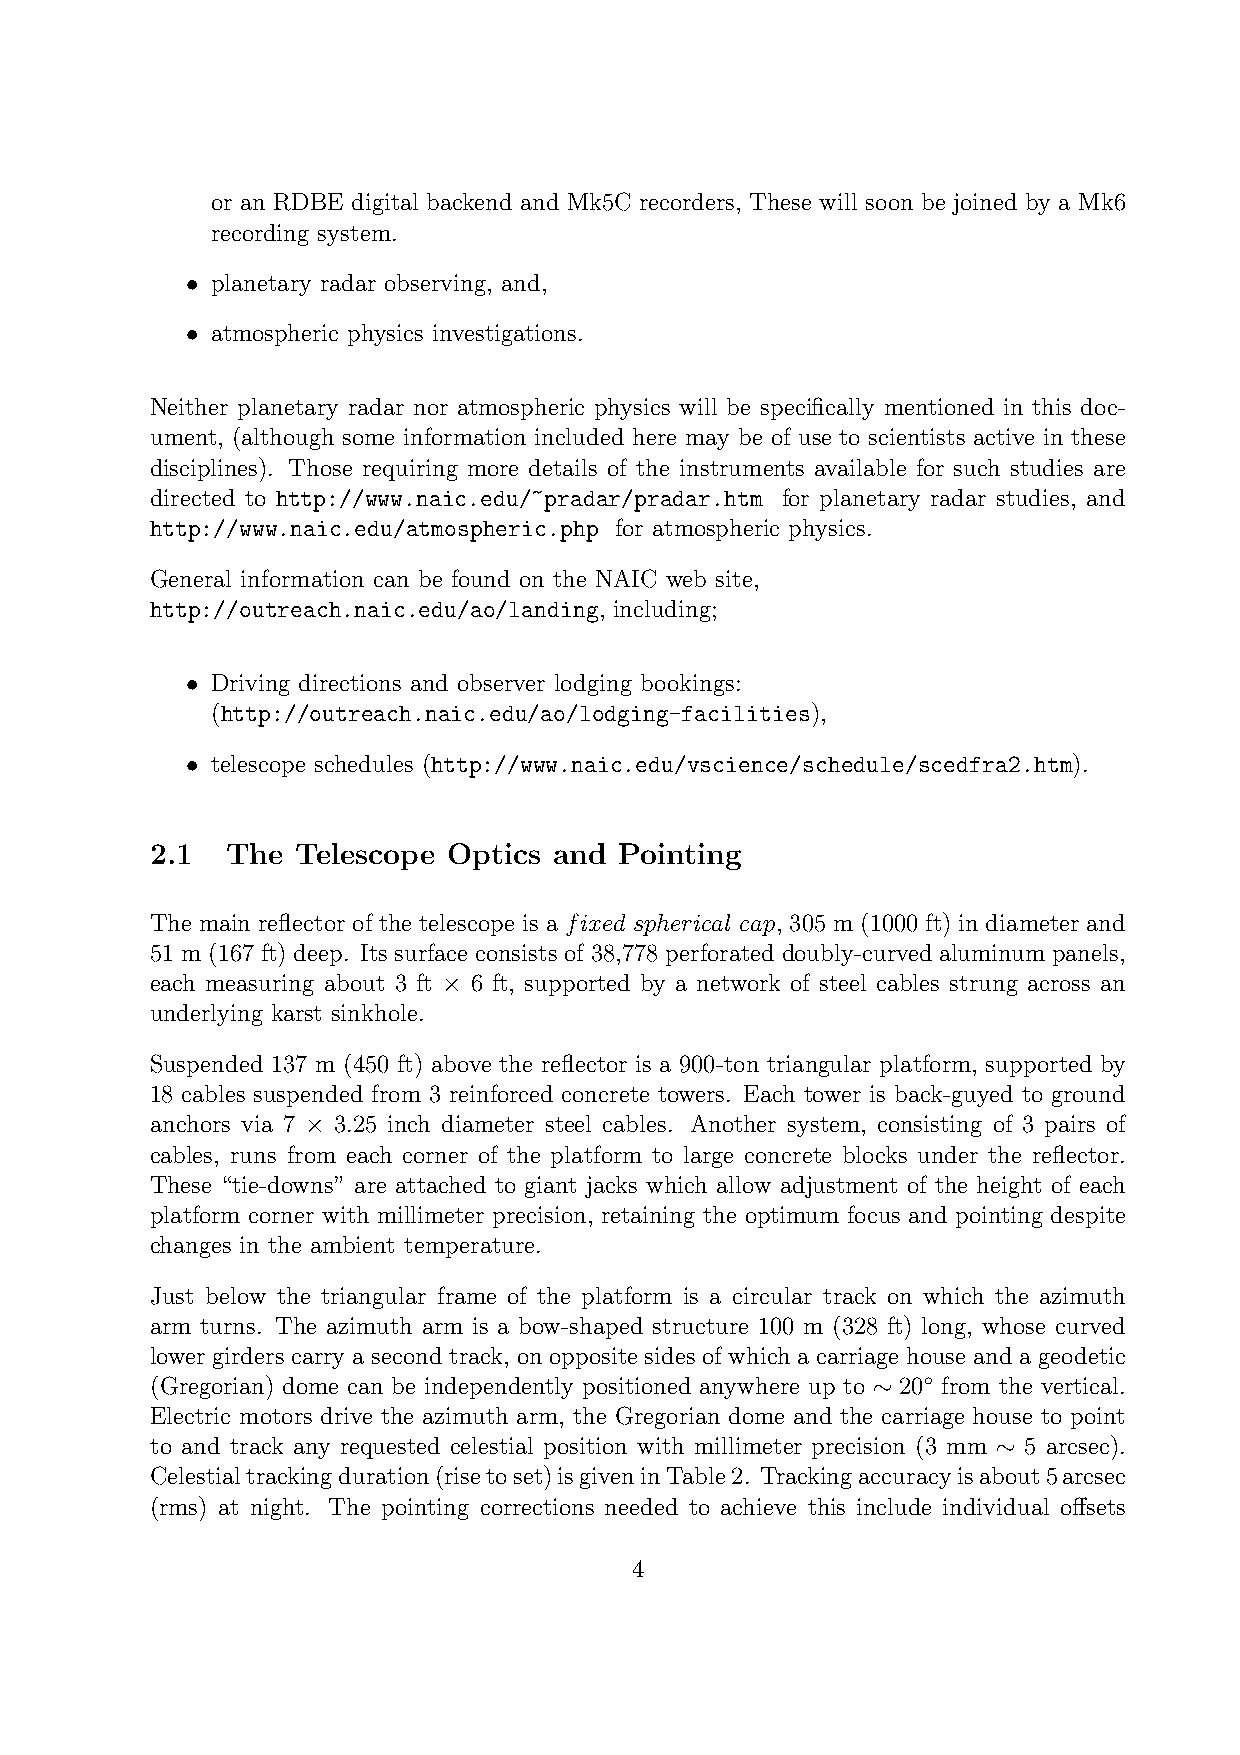
or an RDBE digital backend and Mk5C recorders, These will soon be joined by a Mk6
 recording system.
 planetary radar observing, and,
 •
 atmospheric physics investigations.
 •
 Neither planetary radar nor atmospheric physics will be specifically mentioned in this doc-
 ument, (although some information included here may be of use to scientists active in these
 disciplines). Those requiring more details of the instruments available for such studies are
 directed to http://www.naic.edu/~pradar/pradar.htm for planetary radar studies, and
 http://www.naic.edu/atmospheric.php for atmospheric physics.
 General information can be found on the NAIC web site,
 http://outreach.naic.edu/ao/landing, including;
 Driving directions and observer lodging bookings:
 •
 (http://outreach.naic.edu/ao/lodging-facilities),
 telescope schedules (http://www.naic.edu/vscience/schedule/scedfra2.htm).
 •
 2.1  The  Telescope Optics and Pointing
 The main reflector of the telescope is a fixed spherical cap, 305 m (1000 ft) in diameter and
 51 m (167 ft) deep. Its surface consists of 38,778 perforated doubly-curved aluminum panels,
 each measuring about 3 ft 6 ft, supported by a network of steel cables strung across an
 ×
 underlying karst sinkhole.
 Suspended 137 m (450 ft) above the reflector is a 900-ton triangular platform, supported by
 18 cables suspended from 3 reinforced concrete towers. Each tower is back-guyed to ground
 anchors via 7 3.25 inch diameter steel cables. Another system, consisting of 3 pairs of
 ×
 cables, runs from each corner of the platform to large concrete blocks under the reflector.
 These “tie-downs” are attached to giant jacks which allow adjustment of the height of each
 platform corner with millimeter precision, retaining the optimum focus and pointing despite
 changes in the ambient temperature.
 Just below the triangular frame of the platform is a circular track on which the azimuth
 arm turns. The azimuth arm is a bow-shaped structure 100 m (328 ft) long, whose curved
 lower girders carry a second track, on opposite sides of which a carriage house and a geodetic
 ◦
 (Gregorian) dome can be independently positioned anywhere up to 20 from the vertical.
 ∼
 Electric motors drive the azimuth arm, the Gregorian dome and the carriage house to point
 to and track any requested celestial position with millimeter precision (3 mm 5 arcsec).
 ∼
 Celestialtrackingduration(risetoset)isgiveninTable2. Trackingaccuracyisabout5arcsec
 (rms) at night. The pointing corrections needed to achieve this include individual offsets
 4